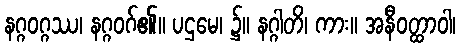
နဂ္ဂဝဂ္ဂဿ၊ နဂ္ဂဝဂ်၏။ ပဌမေ၊ ၌။ နဂ္ဂါတိ၊ ကား။ အနီဝတ္ထာဝါ၊